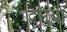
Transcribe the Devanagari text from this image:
दसुया